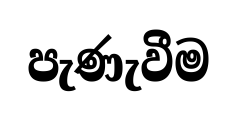
පැණැවීම